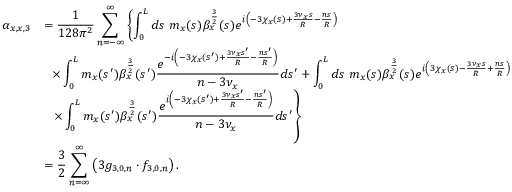
\begin{array} { c l } { \alpha _ { x , x , 3 } } & { = \displaystyle \frac { 1 } { 1 2 8 \pi ^ { 2 } } \displaystyle \sum _ { n = - \infty } ^ { \infty } \left\{ \int _ { 0 } ^ { L } { d s \ m _ { x } ( s ) \beta _ { x } ^ { \frac { 3 } { 2 } } ( s ) e ^ { i \left( - 3 \chi _ { x } ( s ) + \frac { 3 \nu _ { x } s } { R } - \frac { n s } { R } \right) } } \right. } \\ & { \displaystyle ~ ~ \times \int _ { 0 } ^ { L } { m _ { x } ( s ^ { \prime } ) \beta _ { x } ^ { \frac { 3 } { 2 } } ( s ^ { \prime } ) \frac { e ^ { - i \left( - 3 \chi _ { x } ( s ^ { \prime } ) + \frac { 3 \nu _ { x } s ^ { \prime } } { R } - \frac { n s ^ { \prime } } { R } \right) } } { n - 3 \nu _ { x } } d s ^ { \prime } } + \int _ { 0 } ^ { L } { d s \ m _ { x } ( s ) \beta _ { x } ^ { \frac { 3 } { 2 } } ( s ) e ^ { i \left( 3 \chi _ { x } ( s ) - \frac { 3 \nu _ { x } s } { R } + \frac { n s } { R } \right) } } } \\ & { \displaystyle ~ ~ \left. \times \int _ { 0 } ^ { L } m _ { x } ( s ^ { \prime } ) \beta _ { x } ^ { \frac { 3 } { 2 } } ( s ^ { \prime } ) \frac { e ^ { i \left( - 3 \chi _ { x } ( s ^ { \prime } ) + \frac { 3 \nu _ { x } s ^ { \prime } } { R } - \frac { n s ^ { \prime } } { R } \right) } } { n - 3 \nu _ { x } } d s ^ { \prime } \right\} } \\ & { \displaystyle = \frac { 3 } { 2 } \sum _ { n = \infty } ^ { \infty } \left( 3 g _ { 3 , 0 , n } \cdot f _ { 3 , 0 , n } \right) . } \end{array}